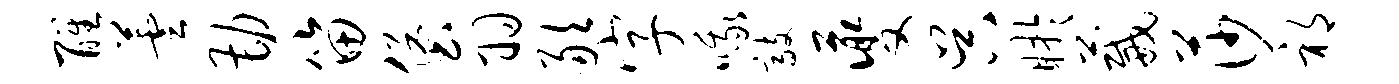
醒芸勘笛堡羽敢字哦敲夔吴盱葳莎祁